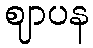
ဈာပန